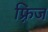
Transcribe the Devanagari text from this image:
फ़्रिज